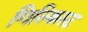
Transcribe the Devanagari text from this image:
गिल्क्रिस्ट